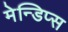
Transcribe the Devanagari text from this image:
मेन्डिप्स